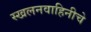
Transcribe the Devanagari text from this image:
स्खलनवाहिनीचे